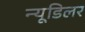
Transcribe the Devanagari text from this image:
न्यूडिलर